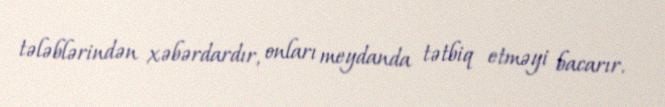
tələblərindən xəbərdardır, onları meydanda tətbiq etməyi bacarır.